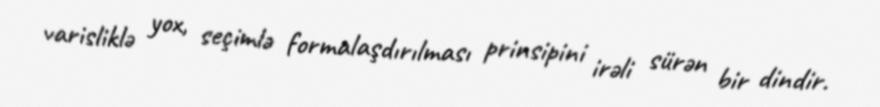
varisliklə yox, seçimlə formalaşdırılması prinsipini irəli sürən bir dindir.